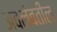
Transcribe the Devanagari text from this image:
अवलंबतील